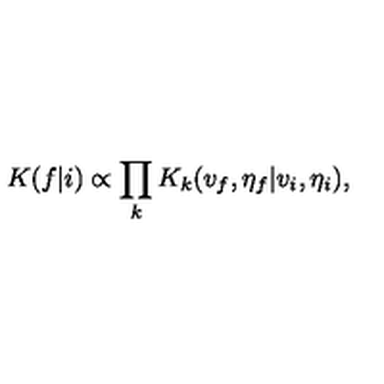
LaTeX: K ( f | i ) \propto \prod _ { k } K _ { k } ( v _ { f } , \eta _ { f } | v _ { i } , \eta _ { i } ) ,